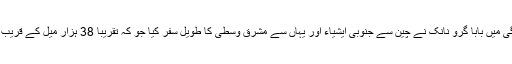
اپنی زندگی میں بابا گرو نانک نے چین سے جنوبی ایشیاء اور یہاں سے مشرق وسطیٰ کا طویل سفر کیا جو کہ تقریباٰ 38 ہزار میل کے قریب بنتا ہے ۔